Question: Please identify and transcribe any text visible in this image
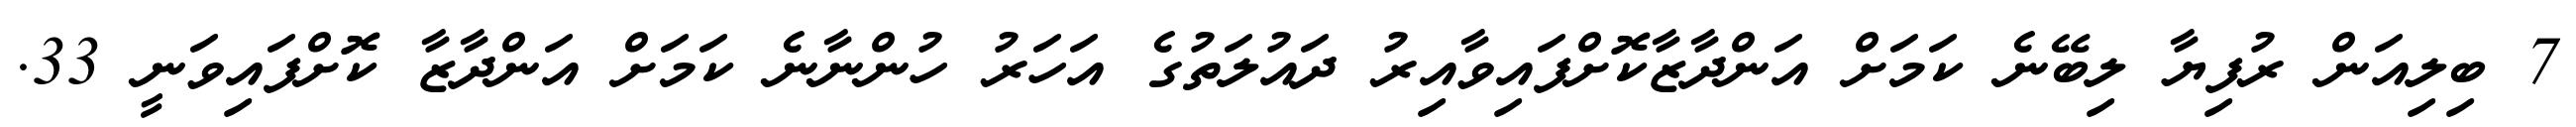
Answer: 7 ބިލިއަން ރުފިޔާ ލިބޭނެ ކަމަށް އަންދާޒާކޮށްފައިވާއިރު ދައުލަތުގެ އަހަރު ހުންނާނެ ކަމަށް އަންދާޒާ ކޮށްފައިވަނީ 33.